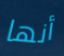
أنها